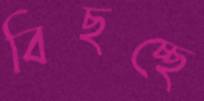
বিছচ্ছে